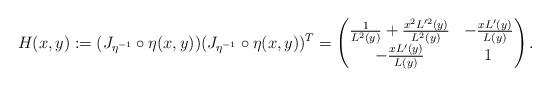
LaTeX: \begin{align*}H(x,y) := (J_{\eta^{-1}} \circ \eta(x,y))(J_{\eta^{-1}} \circ \eta (x,y))^T = \begin{pmatrix}\frac{1}{L^2(y)}+\frac{x^2 L'^2(y)}{L^2(y)} & -\frac{x L'(y)}{L(y)}\\-\frac{x L'(y)}{L(y)} & 1\end{pmatrix}.\end{align*}